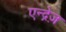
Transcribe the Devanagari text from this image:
एन्द्रेज़